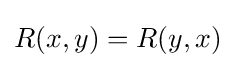
R(x,y)=R(y,x)